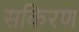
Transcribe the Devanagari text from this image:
सकिरण